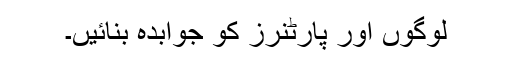
لوگوں اور پارٹنرز کو جوابدہ بنائیں۔